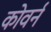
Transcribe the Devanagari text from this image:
कोवर्न